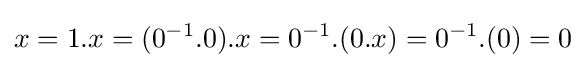
x=1.x=(0^{-1}.0).x=0^{-1}.(0.x)=0^{-1}.(0)=0